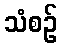
သံစဉ်